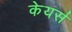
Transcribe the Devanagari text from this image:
केयर्स